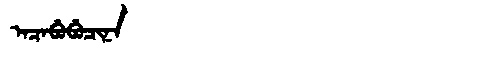
Manchu: ᠠᠴᠠᠪᡠᠪᡠᠴᡳᠨᠠ
Romanization: ACABUBUCINA